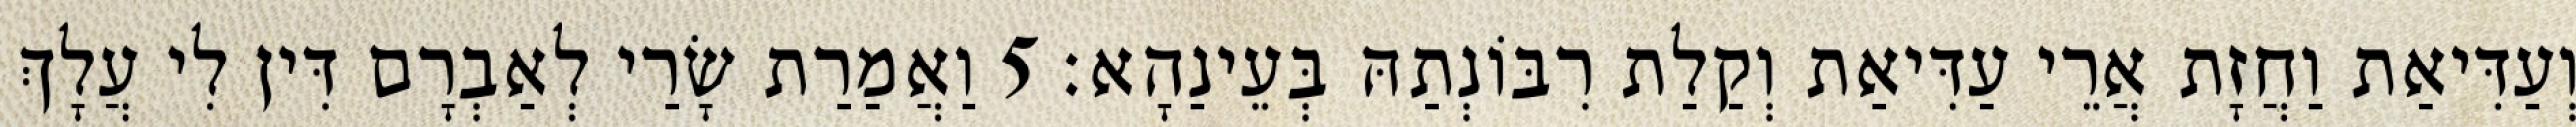
וְעַדִּיאַת וַחֲזָת אֲרֵי עַדִּיאַת וְקַלַת רִבּוֹנְתַהּ בְּעֵינַהָא׃ 5 וַאֲמַרַת שָׂרַי לְאַבְרָם דִּין לִי עֲלָךְ